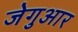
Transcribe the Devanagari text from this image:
जेगुआर